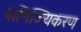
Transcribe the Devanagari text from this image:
बाणिज्यिकरण